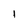
Character: 1